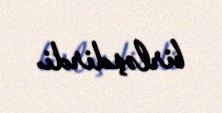
birləşdirdi.